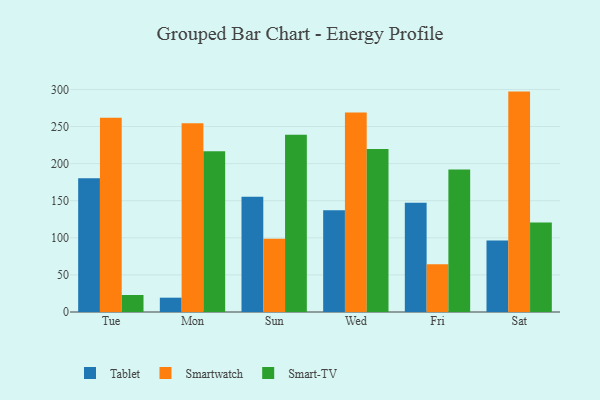
{"axis": {"x": "Day", "y": "Humidity (%)"}, "legend": ["Smart-TV", "Smartwatch", "Tablet"], "data": [{"x": "Tue", "y": 180.2, "type": "Tablet"}, {"x": "Tue", "y": 261.7, "type": "Smartwatch"}, {"x": "Tue", "y": 22.9, "type": "Smart-TV"}, {"x": "Mon", "y": 19.3, "type": "Tablet"}, {"x": "Mon", "y": 254.6, "type": "Smartwatch"}, {"x": "Mon", "y": 216.7, "type": "Smart-TV"}, {"x": "Sun", "y": 155.3, "type": "Tablet"}, {"x": "Sun", "y": 98.7, "type": "Smartwatch"}, {"x": "Sun", "y": 239.1, "type": "Smart-TV"}, {"x": "Wed", "y": 137.3, "type": "Tablet"}, {"x": "Wed", "y": 268.8, "type": "Smartwatch"}, {"x": "Wed", "y": 219.8, "type": "Smart-TV"}, {"x": "Fri", "y": 147.4, "type": "Tablet"}, {"x": "Fri", "y": 64.2, "type": "Smartwatch"}, {"x": "Fri", "y": 192.1, "type": "Smart-TV"}, {"x": "Sat", "y": 96.3, "type": "Tablet"}, {"x": "Sat", "y": 297.1, "type": "Smartwatch"}, {"x": "Sat", "y": 120.5, "type": "Smart-TV"}]}